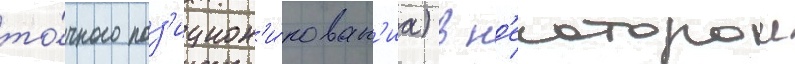
то́чного поз'ицион'и́рован'иа) в н'екоторои